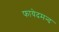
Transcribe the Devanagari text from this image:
फायेदमन्द